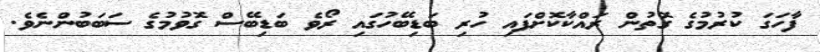
ފާހަގަ ކުރުމުގެ ގޮތުން ރައްކާކޮށްފައި ހުރި ބަޑިބޭހުގައި ރޯވެ ބަޑިބޭސް ގޮވުމުގެ ސަބަބުންނެވެ.